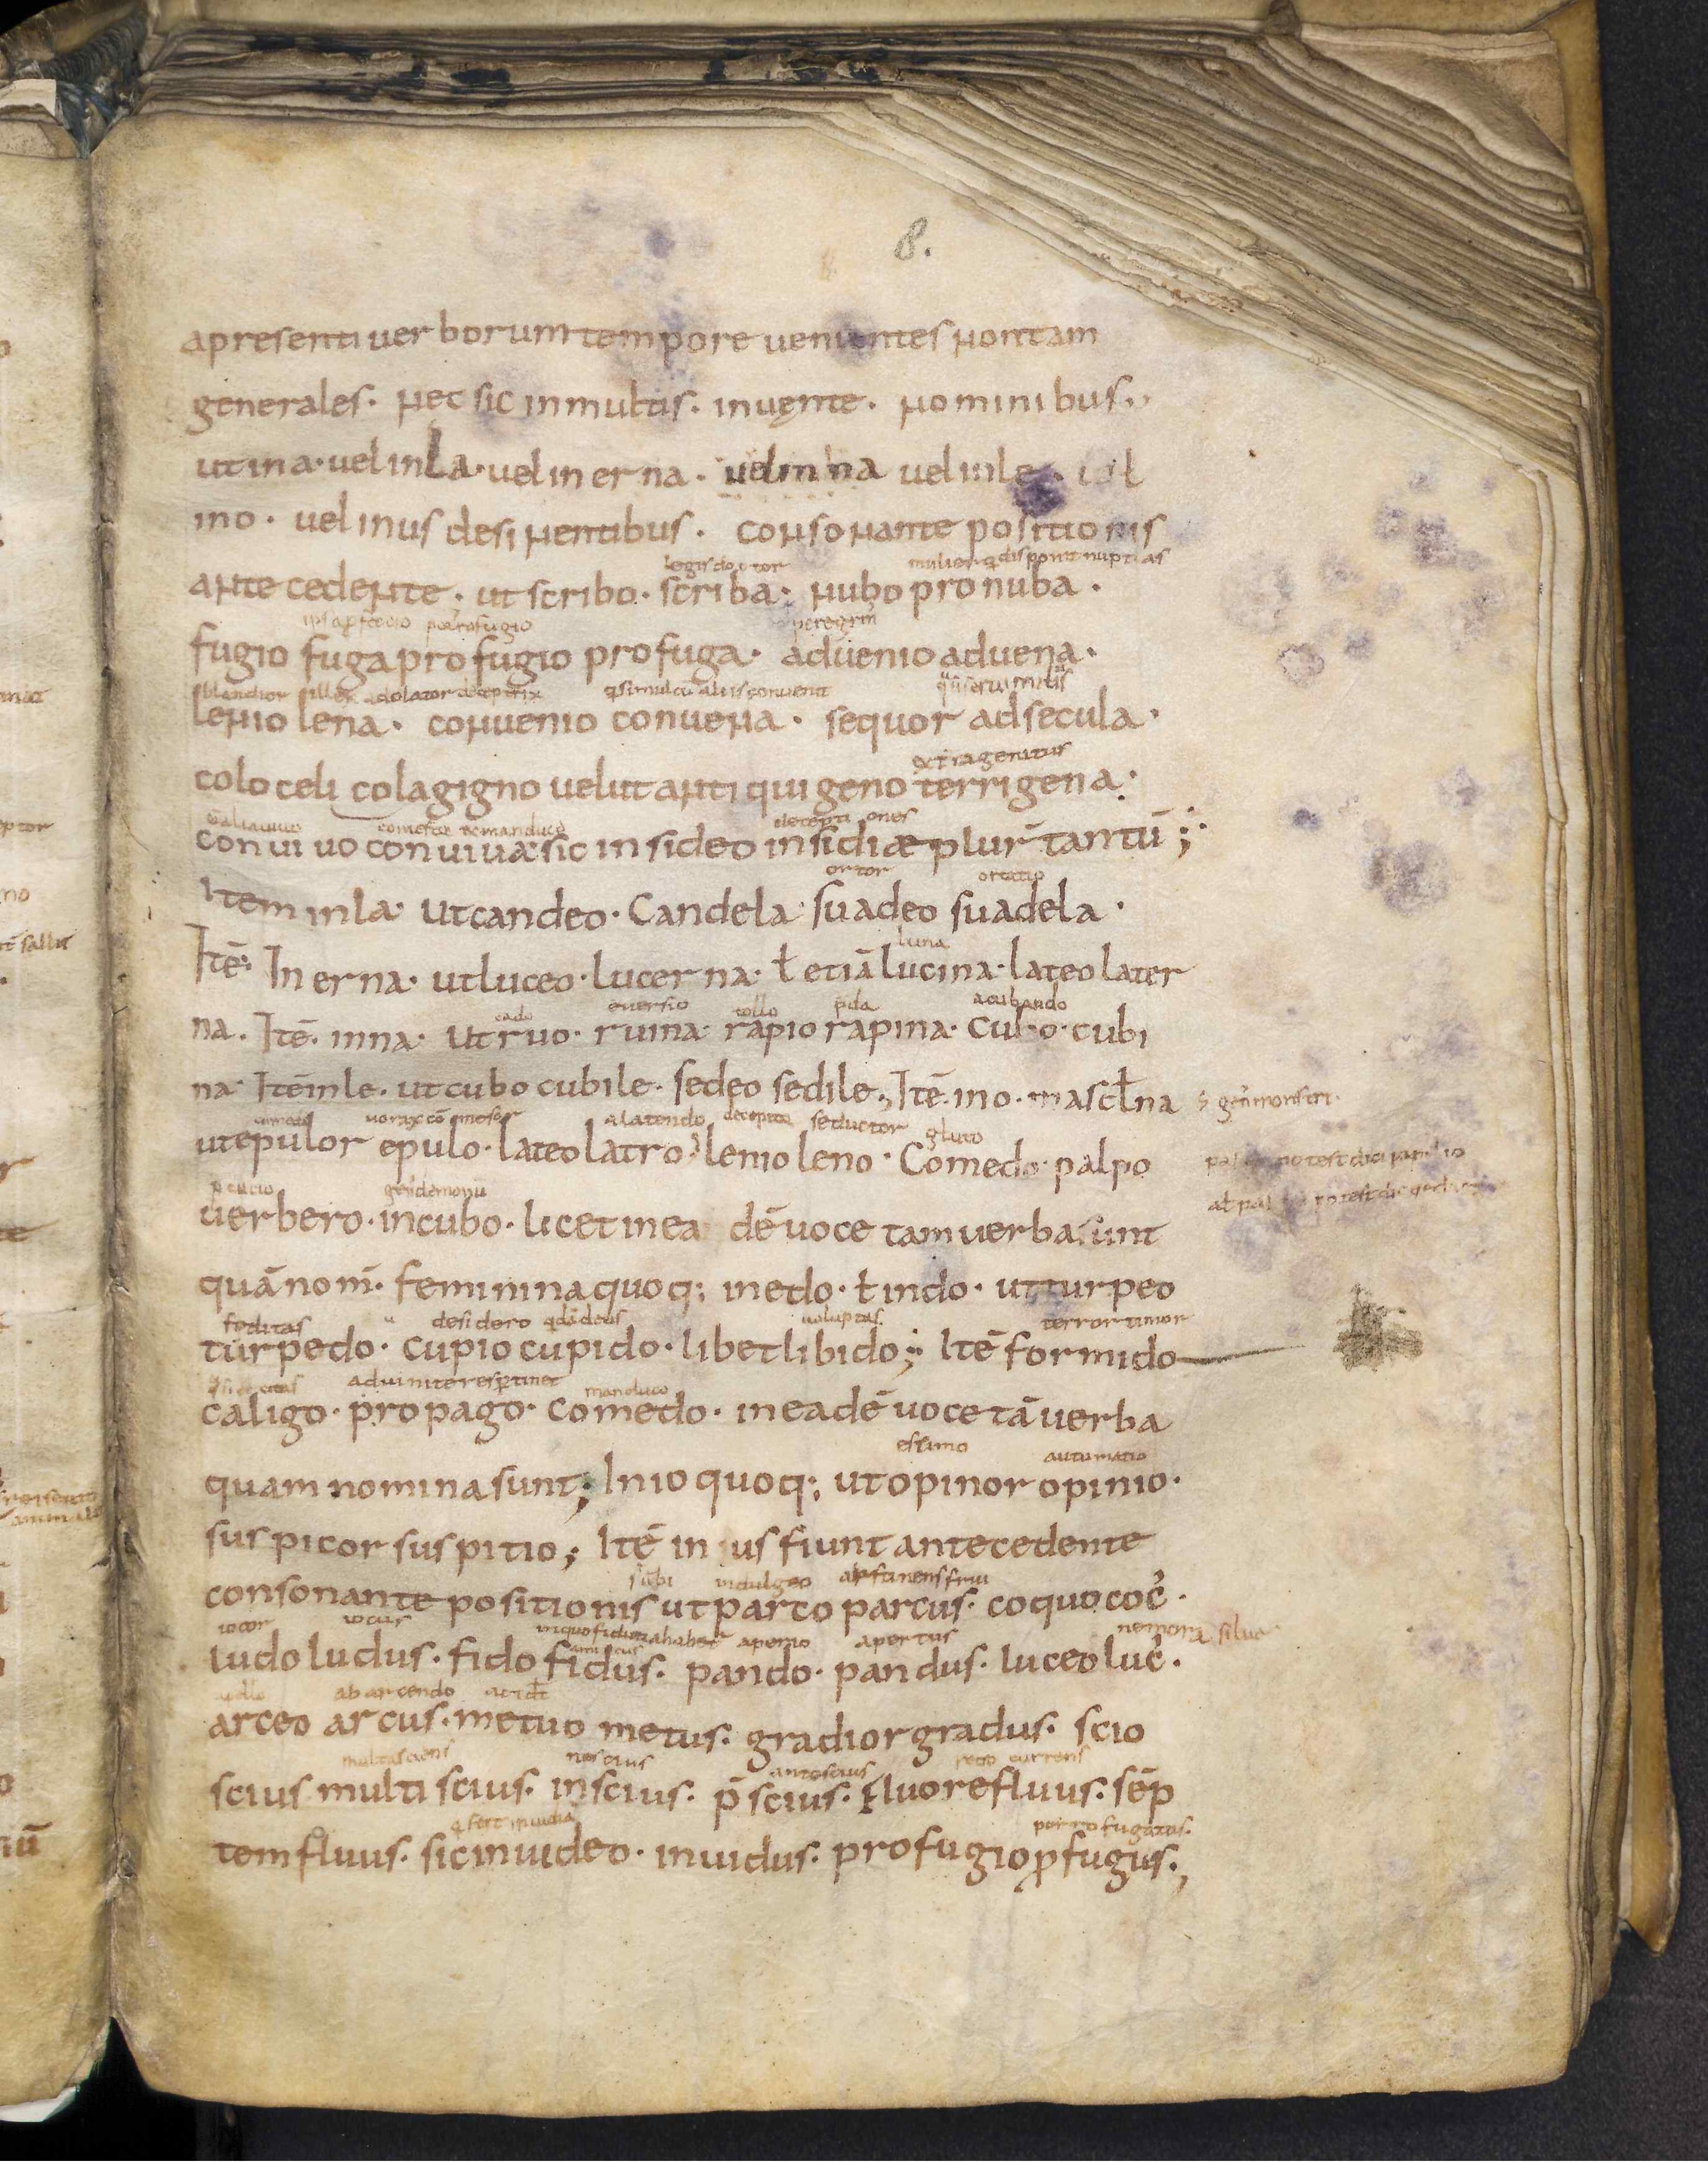
Shelfmark: Leiden, Bibliotheek der Rijksuniversiteit, Voss. Lat. O 41
Century: 9